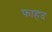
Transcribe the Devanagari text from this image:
फाहद